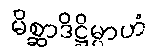
မိစ္ဆာဒိဋ္ဌိမ္ပာဟံ